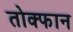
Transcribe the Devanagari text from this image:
तोक्फान